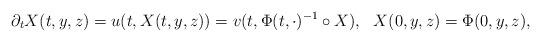
LaTeX: \begin{align*}\partial_tX(t,y,z)=u(t,X(t,y,z))=v(t,\Phi(t,\cdot)^{-1}\circ X),~~ X(0,y,z)=\Phi(0,y,z),\end{align*}